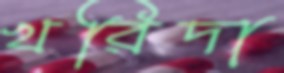
খরিদা